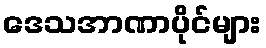
ဒေသအာဏာပိုင်များ